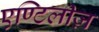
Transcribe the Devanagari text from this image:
एण्टिलीज़